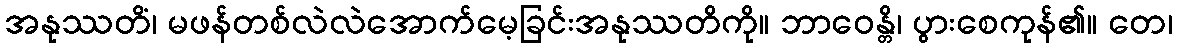
အနုဿတိံ၊ မဖန်တစ်လဲလဲအောက်မေ့ခြင်းအနုဿတိကို။ ဘာဝေန္တိ၊ ပွားစေကုန်၏။ တေ၊